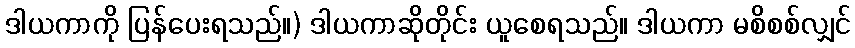
ဒါယကာကို ပြန်ပေးရသည်။) ဒါယကာဆိုတိုင်း ယူစေရသည်။ ဒါယကာ မစိစစ်လျှင်